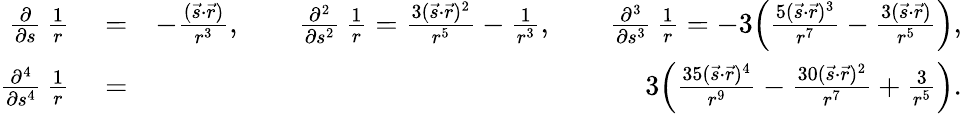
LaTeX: \begin{array}{rlr}{\frac{\partial}{\partial{s}}\, \frac{1}{r}}&{{}=}&{-\frac{({\vec{s}}\cdot{\vec{r}})}{r^{3}},\qquad\frac{\partial^{2}}{\partial{s}^{2}}\, \frac{1}{r}=\frac{3({\vec{s}}\cdot{\vec{r}})^{2}}{r^{5}}-\frac{1}{r^{3}},\qquad\frac{\partial^{3}}{\partial{s}^{3}}\, \frac{1}{r}=-3\Big(\frac{5({\vec{s}}\cdot{\vec{r}})^{3}}{r^{7}}-\frac{3({\vec{s}}\cdot{\vec{r}})}{r^{5}}\Big),}\\ {\frac{\partial^{4}}{\partial{s^{4}}}\, \frac{1}{r}}&{{}=}&{3\Big(\frac{35({\vec{s}}\cdot{\vec{r}})^{4}}{r^{9}}-\frac{30({\vec{s}}\cdot{\vec{r}})^{2}}{r^{7}}+\frac{3}{r^{5}}\Big).}\end{array}